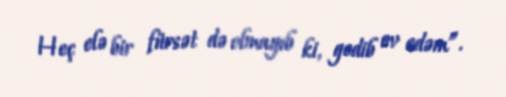
Heç elə bir fürsət də olmayıb ki, gedib ov edəm”.